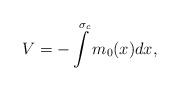
LaTeX: \begin{align*}V=-\int\limits^{\sigma_c}m_0{(x)}dx,\end{align*}